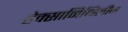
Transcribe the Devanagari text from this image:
हेक्सामिथिलीन